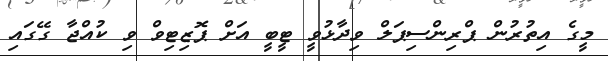
މީގެ އިތުރުން ޕްރިންސިޕަލް ވިދާޅުވީ ޓީބީ އަށް ޕޮޒިޓިވް ވި ކުއްޖާ ގޭގައި